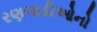
રણગાડીઓનો